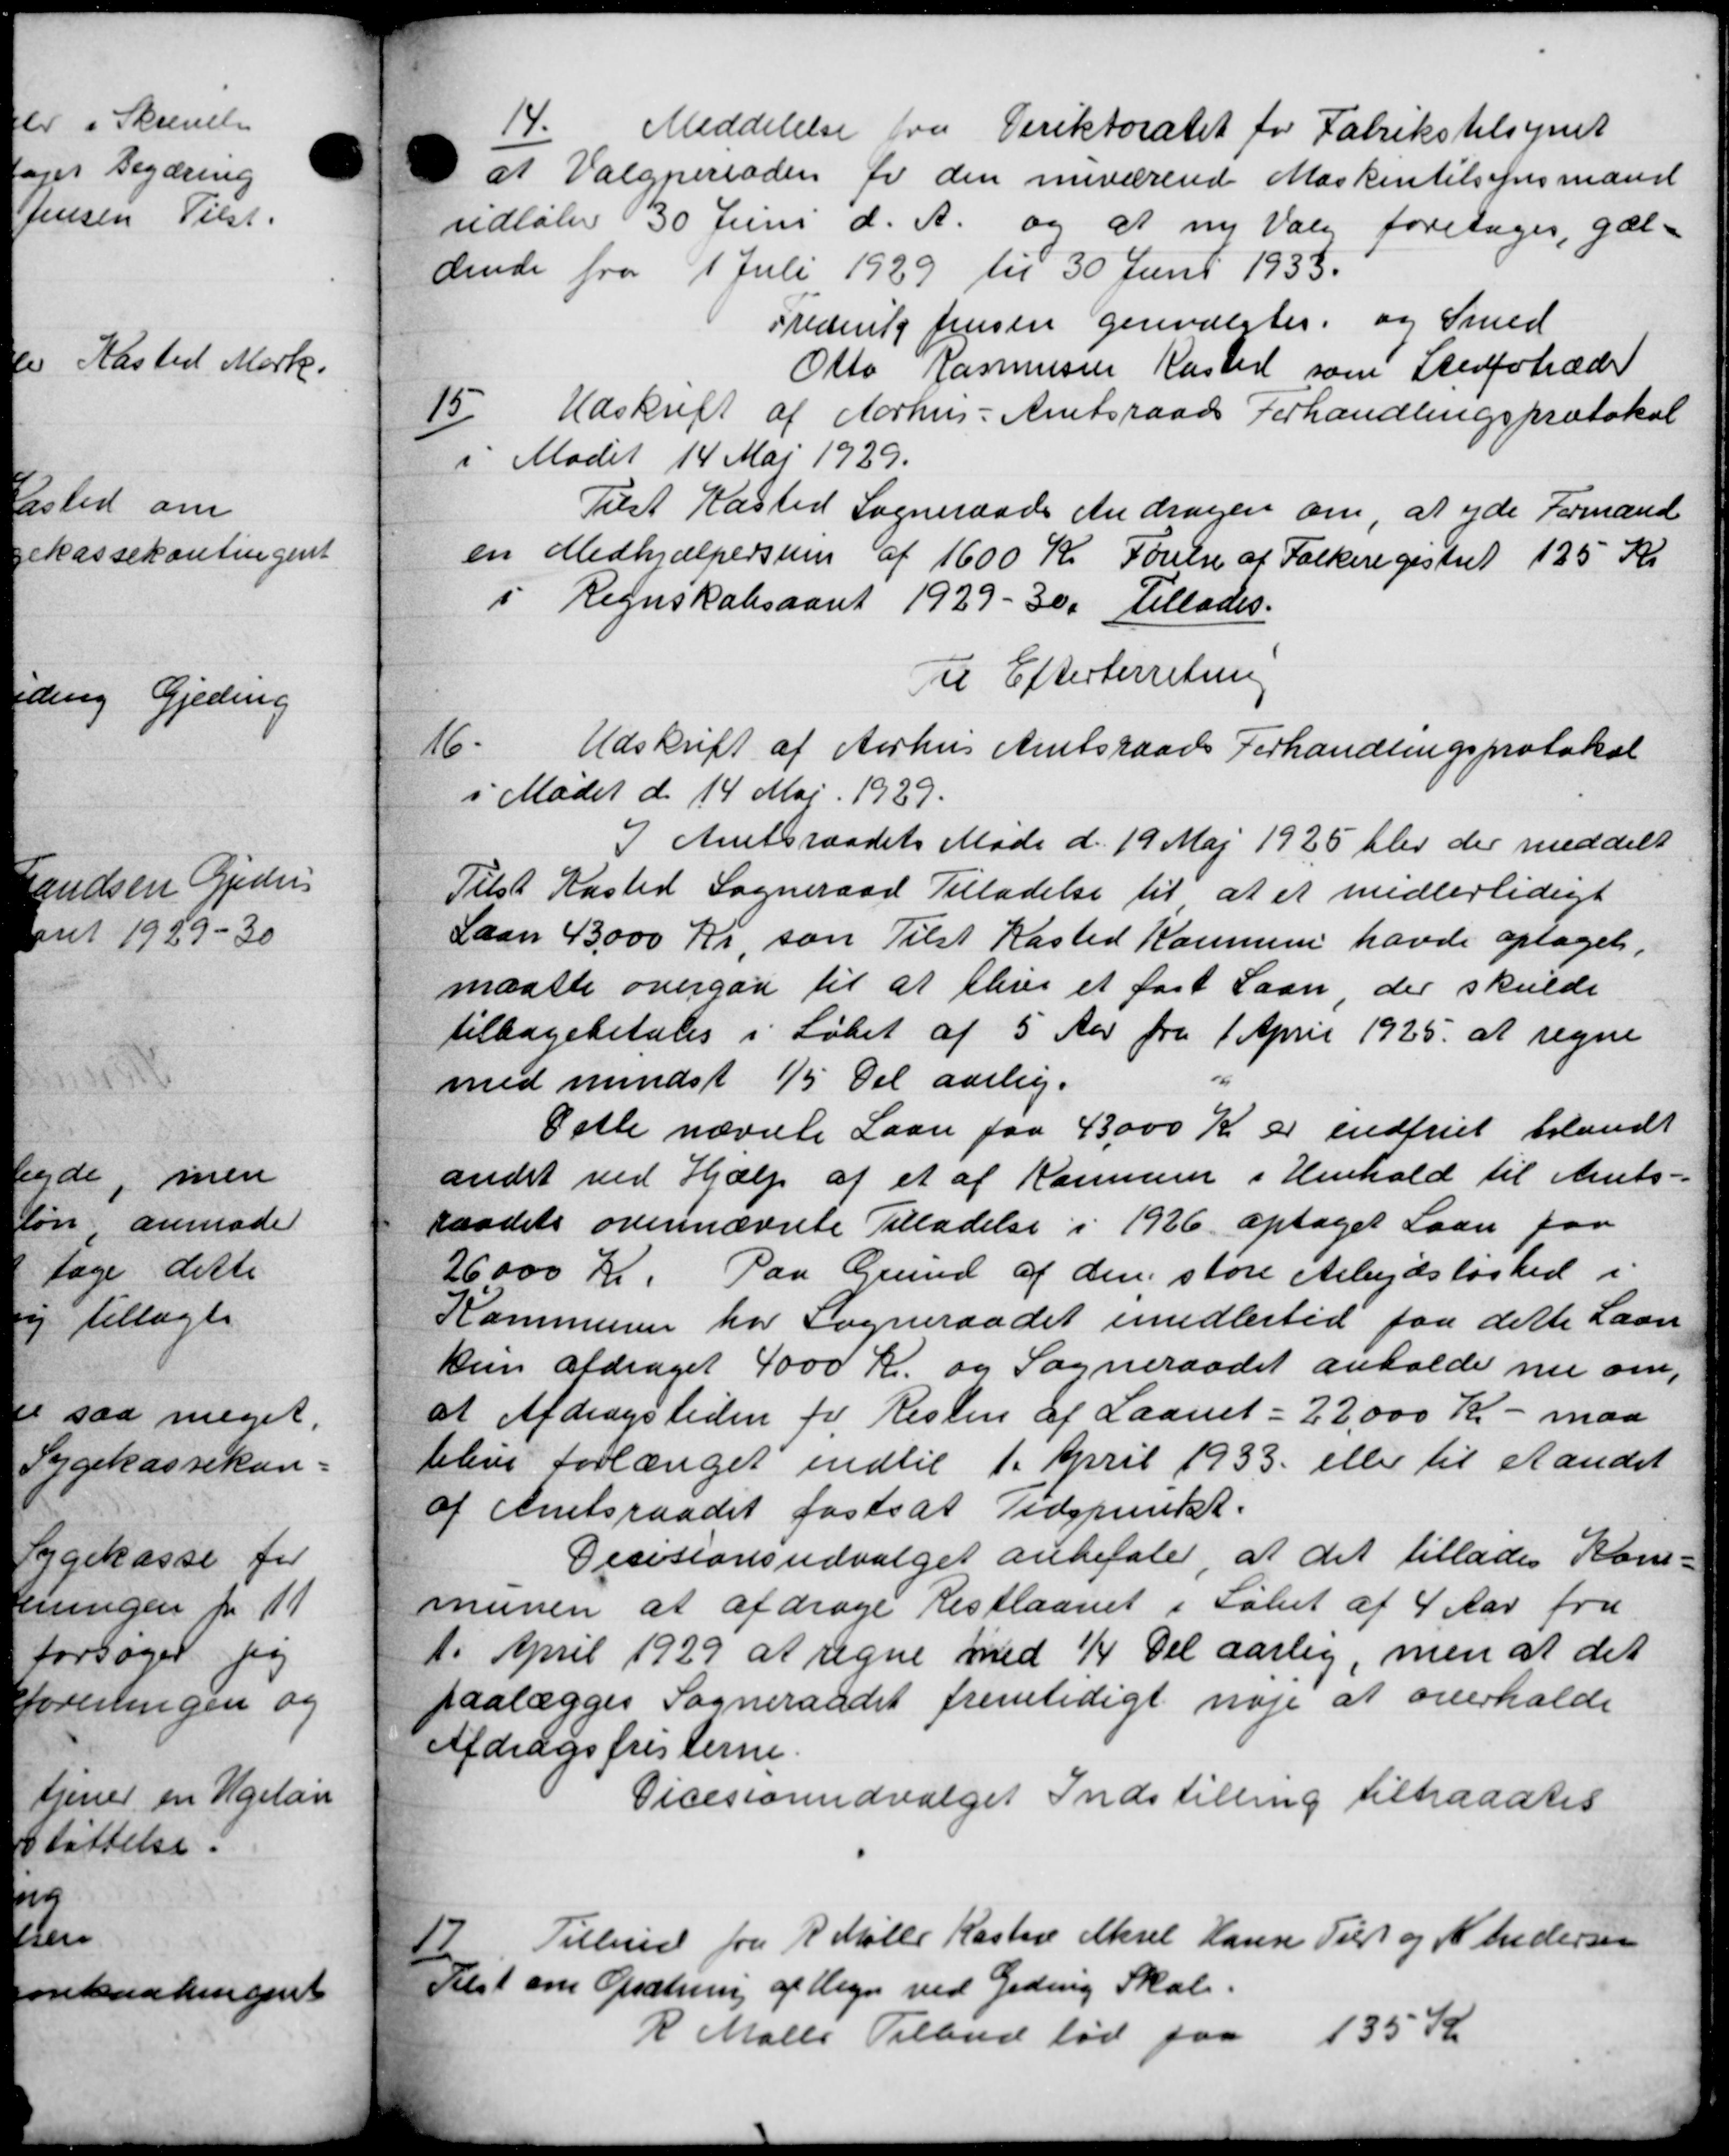
Transskription:
14.
Meddelelse fra Direktoratet for Fabrikstilsynet
at Valgperioden for den nuværende Maskintilsynsmand
udløbe 30 Juni d. A. og at ny Valg foretages, gæl-
dende fra 1 Juli 1929 til 30 Juni 1935.
Frederik Jensen genvalgtes og Smed
Otto Rasmussen Kaster som Stedfortræder
15. Udskrift af Aarhus Amtsraads Forhandlingsprotokol
15. Udskrift af Aarhus Amtsraads Forhandlingsprotokol
i Mødet 14 Maj 1929.
Tilst Kasted Sogneraads Andragen om, at yde Formand
en Medhjælpersum af 1600 Kr. Førelse af Folkeregistret 125 Kr
i Regnskabsaaret 1929-30. Tillades.
Til Efterterretning
16.
Udskrift af Aarhus Amtsraads Forhandlingsprotokol
i Mødet d. 14 Maj 1929.
I Amtsraadets Møde d. 19 Maj 1925 blev der meddelt
Tilst Kasted Sogneraad Tilladelse til at et midlertidigt
Laan 43000 Kr, som Tilst Kasted Kommune havde optaget,
maatte overgaa til at blive et fast Laan, der skulde
tilbagebetales i Løbet af 5 Aar fra 1 April 1925 at regne
med mindst 15 Del aarlig.
Datte nævnte Laan paa 43000 Kr er indfriet blandt
andet ved Hjælp af et af Kommune i Henhold til Amts-
raadets ovennævnte Tilladelse i 1926 optaget Laan paa
26000 Kr. Paa Grund af den store Arbejdsløshed i
Kommunen har Sogneraadet imidlertid faa dette Laan
kun afdraget 4000 Kr. og Sogneraadet anholde nu om,
at Afdragstiden for Resten af Laanet = 22.000 Kr - maa
blive Forlænget indtil 1. April 1933 eller til Aandet
af Amtsraadet fastsat Tidspunkt.
Decisionsudvalget anbefale, at det tillades Kom-
munen at afdrage Restlaanet i Løbet af 4 Aar fra
1. April 1929 at regne med 1/4 Del aarlig, men at det
paalægges Sogneraadet fremtidigt nøje at overholde
Afdragsfristerne
Dicesioneudvalget Indstilling tiltraadtes
17
Tilbud fra R. Mølle Kaste Aksel Hansen Tilst og N. Andersen
Eet om Opsætning af Hegn ved Geding Skat.
R Malle Tilbud lød paa 135 Kr